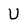
Character: U